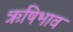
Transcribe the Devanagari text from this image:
ऋषिभाव